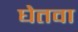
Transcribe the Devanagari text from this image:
घेतवा